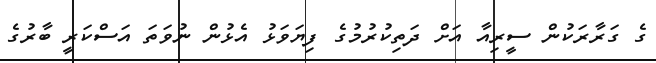
ގެ ގަރާރަކުން ސީރިއާ އަށް ދަތިކުުރުމުގެ ފިޔަވަޅު އެޅުން ނުވަތަ އަސްކަރީ ބާރުގެ